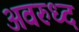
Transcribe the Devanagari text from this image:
अवरुध्द